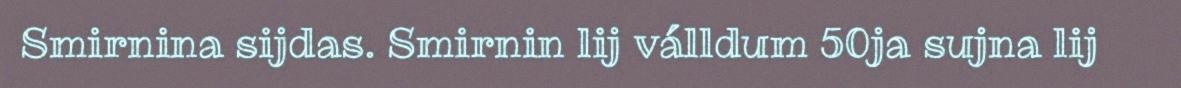
Smirnina sijdas. Smirnin lij válldum 50ja sujna lij